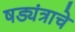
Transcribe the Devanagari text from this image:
षड्यंत्राचे